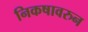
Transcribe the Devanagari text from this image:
निकषावरुन